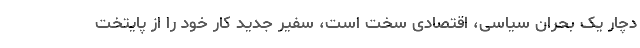
دچار یک بحران سیاسی، اقتصادی سخت است، سفیر جدید کار خود را از پایتخت